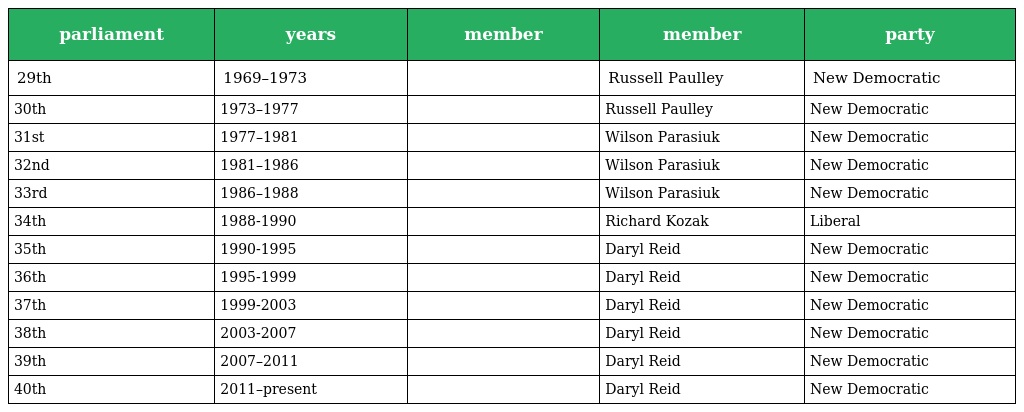
| parliament | years | member | member | party |
 | --- | --- | --- | --- | --- |
 | 29th | 1969–1973 |  | Russell Paulley | New Democratic |
 | 30th | 1973–1977 |  | Russell Paulley | New Democratic |
 | 31st | 1977–1981 |  | Wilson Parasiuk | New Democratic |
 | 32nd | 1981–1986 |  | Wilson Parasiuk | New Democratic |
 | 33rd | 1986–1988 |  | Wilson Parasiuk | New Democratic |
 | 34th | 1988-1990 |  | Richard Kozak | Liberal |
 | 35th | 1990-1995 |  | Daryl Reid | New Democratic |
 | 36th | 1995-1999 |  | Daryl Reid | New Democratic |
 | 37th | 1999-2003 |  | Daryl Reid | New Democratic |
 | 38th | 2003-2007 |  | Daryl Reid | New Democratic |
 | 39th | 2007–2011 |  | Daryl Reid | New Democratic |
 | 40th | 2011–present |  | Daryl Reid | New Democratic |